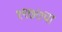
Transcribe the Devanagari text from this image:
१९७७चा